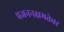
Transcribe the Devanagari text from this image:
प्रजननक्षमतेवर